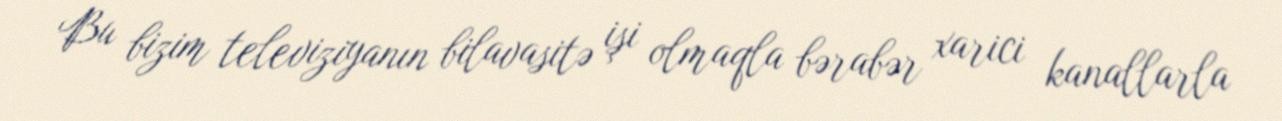
Bu bizim televiziyanın bilavasitə işi olmaqla bərabər xarici kanallarla